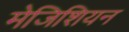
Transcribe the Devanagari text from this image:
मेजिशियन